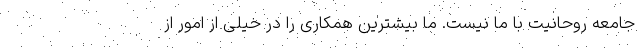
جامعه روحانیت با ما نیست. ما بیشترین همکاری را در خیلی از امور از